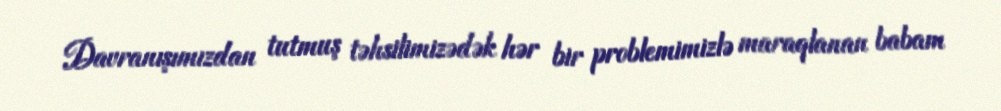
Davranışımızdan tutmuş təhsilimizədək hər bir problemimizlə maraqlanan babam